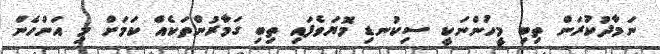
ނަމާދުކުރަން ތިބި މީހުންނަކީ ސިކުނޑި މޮޔަވެފައި ތިބި ގަމާރުންތަކެއް ކަމަށް މި އަންހެން